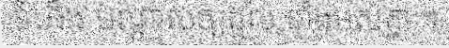
ទំហឹង បណ្តាលឲ្យដួល ទាំងអស់គ្នា ។